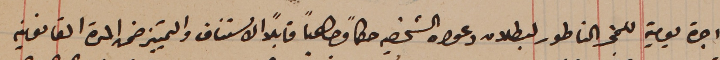
اجرة يومية للمجز الناطور لبطلان دعواه الشخصيه حكماً وجاهياً قابلاً الاستناف والتمييز ضمن المدة القانونية